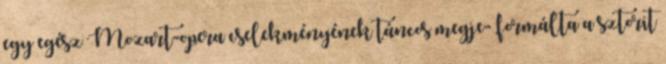
egy egész Mozart-opera cselekményének táncos megje- formálta a sztorit